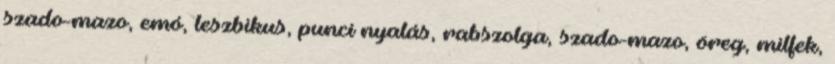
szado-mazo, emó, leszbikus, punci nyalás, rabszolga, szado-mazo, öreg, milfek,